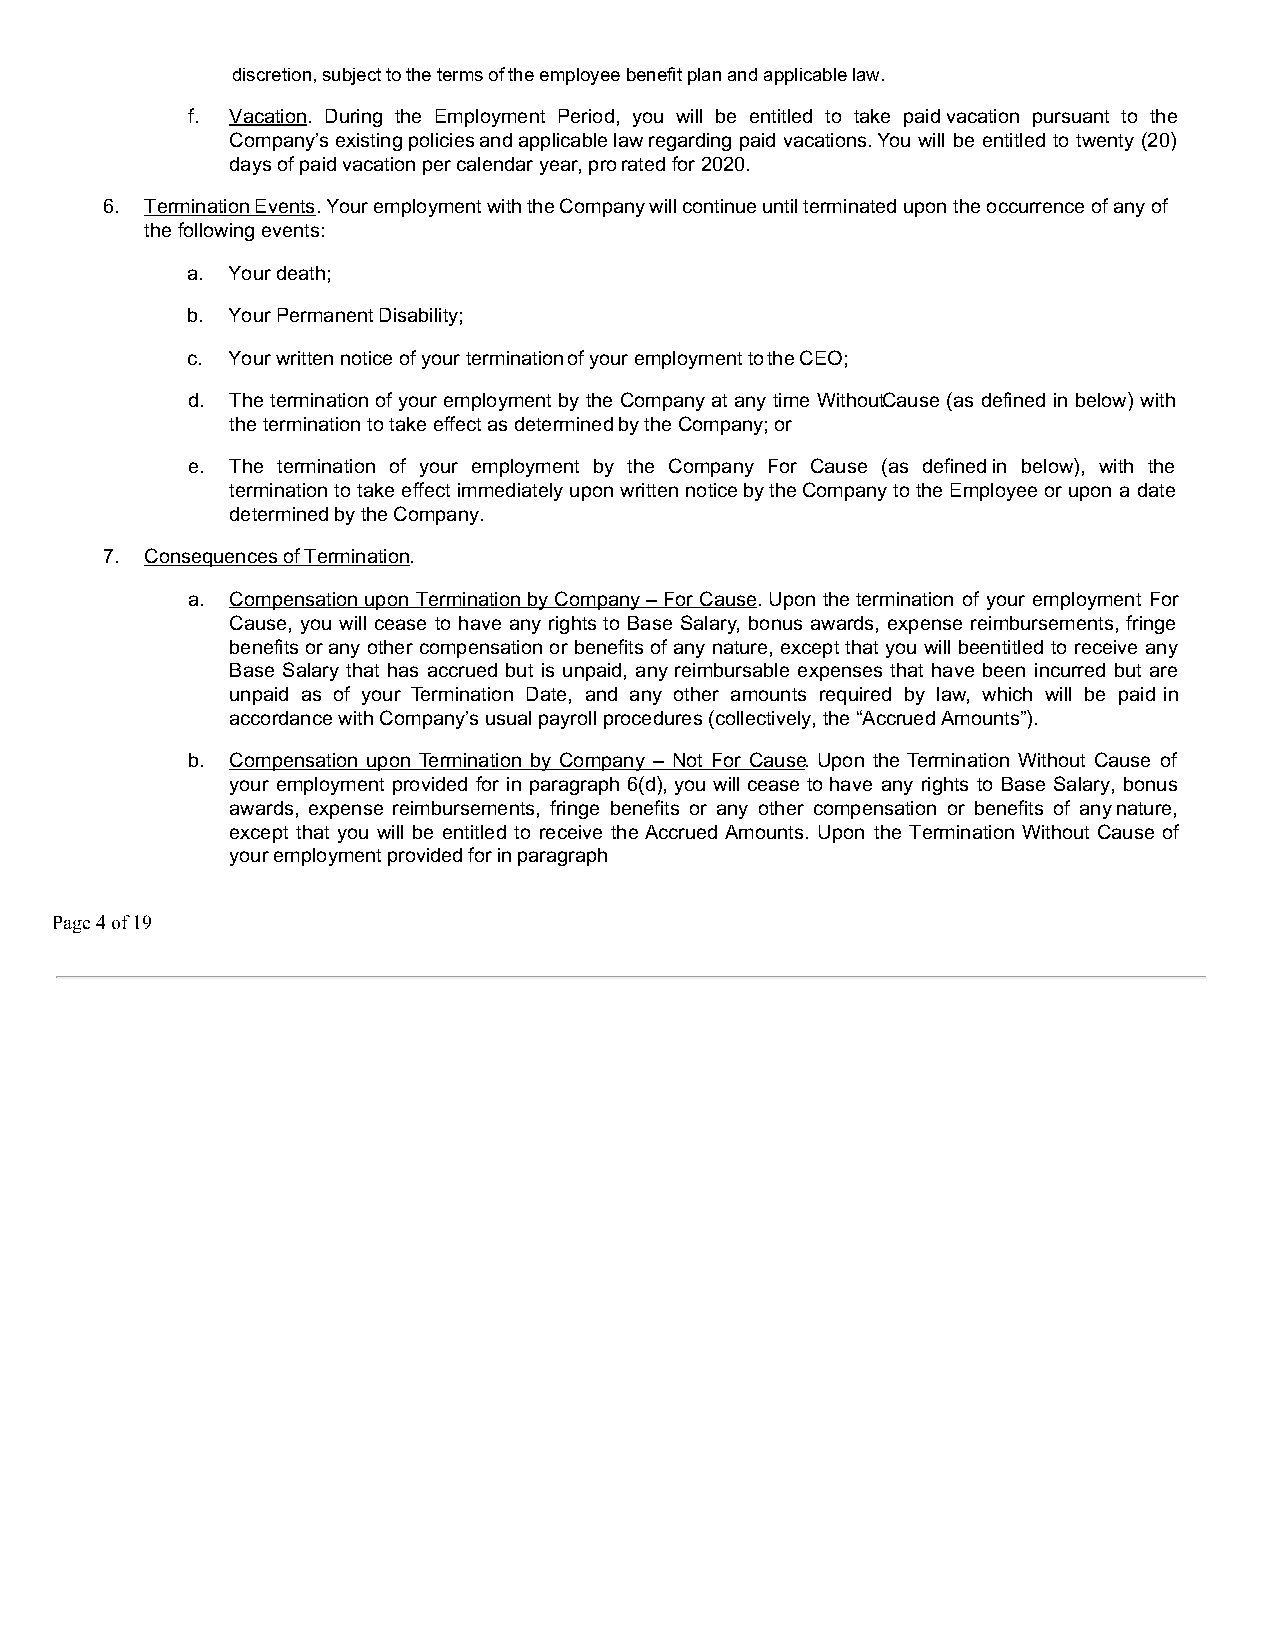
discretion, subject to the terms of the employee benefit plan and applicable law.
 f. Vacation. During the Employment Period, you will be entitled to take paid vacation pursuant to the
 Company’s existing policies and applicable law regarding paid vacations. You will be entitled to twenty (20)
 days of paid vacation per calendar year, pro rated for 2020.
 6. Termination Events. Your employment with the Company will continue until terminated upon the occurrence of any of
 the following events:
 a. Your death;
 b. Your Permanent Disability;
 c. Your written notice of your termination of your employment to the CEO;
 d. The termination of your employment by the Company at any time Withou tCause (as defined in below) with
 the termination to take effect as determined by the Company; or
 e. The termination of your employment by the Company For Cause (as defined in below), with the
 termination to take effect immediately upon written notice by the Company to the Employee or upon a date
 determined by the Company.
 7. Consequences of Termination.
 a. Compensation upon Termination by Company – For Cause. Upon the termination of your employment For
 Cause, you will cease to have any rights to Base Salary, bonus awards, expense reimbursements, fringe
 benefits or any other compensation or benefits of any nature, except that you will be entitled to receive any
 Base Salary that has accrued but is unpaid, any reimbursable expenses that have been incurred but are
 unpaid as of your Termination Date, and any other amounts required by law, which will be paid in
 accordance with Company’s usual payroll procedures (collectively, the “Accrued Amounts”).
 b. Compensation upon Termination by Company – Not For Cause. Upon the Termination Without Cause of
 your employment provided for in paragraph 6(d), you will cease to have any rights to Base Salary, bonus
 awards, expense reimbursements, fringe benefits or any other compensation or benefits of any nature,
 except that you will be entitled to receive the Accrued Amounts. Upon the Termination Without Cause of
 your employment provided for in paragraph
 Page 4 of 19